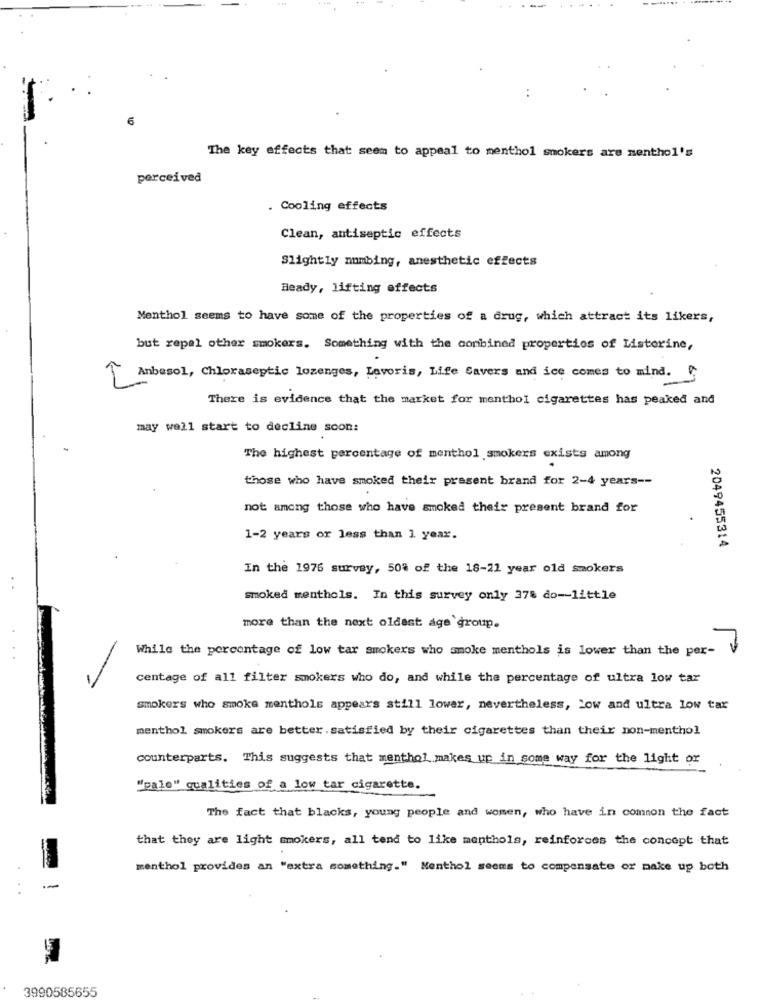
..
6
The key effects that seem to appeal to menthol smokers are menthol's
perceived
Cooling effects
Clean, antiseptic effects
Slightly numbing, anesthetic effects
Ready, lifting effects
Menthol seems to have some of the properties of a drug, which attract its likers,
but repal other smokers. Something with the combined properties of Listerine,
Anbesol, Chloraseptic lozenges, Lavoris, Life Savers and ice comes to mind.
There is evidence that the market for menthol cigarettes has peaked and
may well start to decline soon:
The highest percentage of menthol smokers exists among
those who have smoked their present brand for 2-4 years --
not among those who have smoked their present brand for
1-2 years or less than 1 year.
2049455314
In the 1976 survey, 50% of the 18-21 year old smokers
smoked menthols. In this survey only 378 do -- little
more than the next oldest age group.
While the percentage of low tar smokers who smoke menthols is lower than the per-
centage of all filter smokers who do, and while the percentage of ultra low tar
smokers who smoke menthols appears still lower, nevertheless, Low and ultra low tar
menthol smokers are better. satisfied by their cigarettes than their non-menthol
counterparts. This suggests that menthol makes up in some way for the light or
"pale" qualities of a low tar cigarette.
The fact that blacks, young people and women, who have in common the fact
that they are light smokers, all tend to like menthols, reinforces the concept that
menthol provides an "extra something." Menthol seems to compensate or make up both
-
3990585655